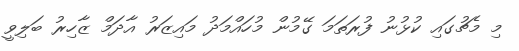
މި މެޗުގައި ކުޅުނު ފުރަތަމަ ގޭމުން މުހައްމަދު މައިޒަރު އާދަމް ޒާހިރު ބަލިވީ